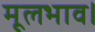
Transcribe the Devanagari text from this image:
मूलभाव।